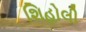
શિહોલી